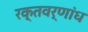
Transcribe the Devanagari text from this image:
रक्तवर्णांध